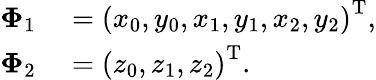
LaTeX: \begin{array}{rl}{\mathbf{\Phi}_{1}}&{{}=\left(x_{0},y_{0},x_{1},y_{1},x_{2},y_{2}\right)^{\mathrm{T}},}\\ {\mathbf{\Phi}_{2}}&{{}=\left(z_{0},z_{1},z_{2}\right)^{\mathrm{T}}.}\end{array}